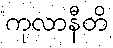
ကုလာနီတိ